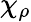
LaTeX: \chi_{\rho}